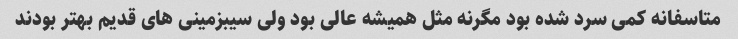
متاسفانه کمى سرد شده بود مگرنه مثل همیشه عالى بود ولى سیبزمینى هاى قدیم بهتر بودند